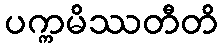
ပက္ကမိဿတီတိ